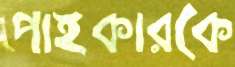
পাইকারকে